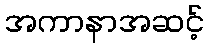
အကာနာအဆင့်